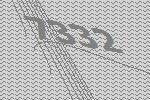
7332